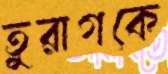
তুরাগকে